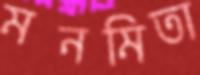
মনমিতা